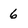
Character: 6